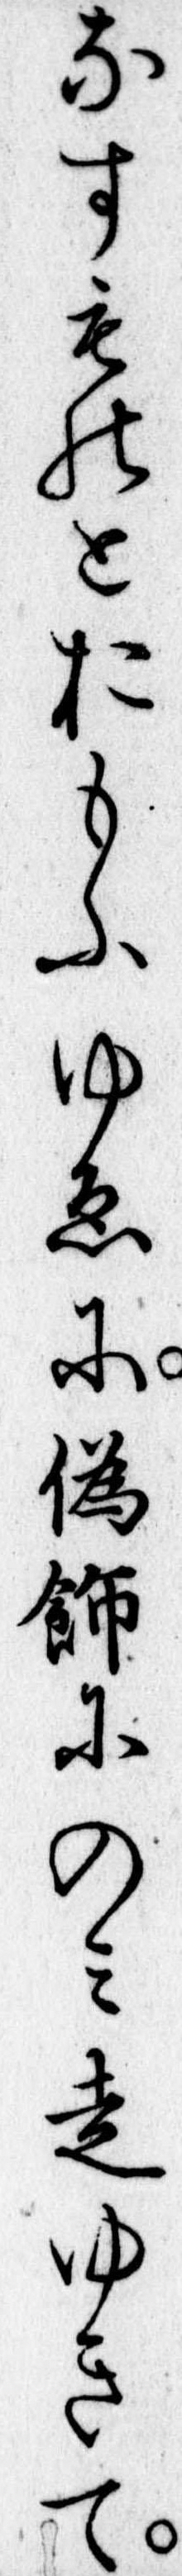
なすものとおもふゆゑに偽飾にのみ走ゆきて